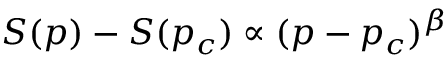
S ( p ) - S ( p _ { c } ) \propto ( p - p _ { c } ) ^ { \beta }